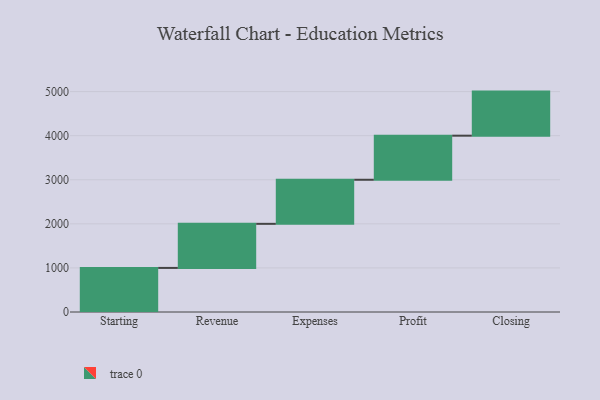
{"axis": {"x": "Step", "y": "Value"}, "legend": [""], "data": [{"x": "Starting", "y": 1000, "type": ""}, {"x": "Revenue", "y": 1000, "type": ""}, {"x": "Expenses", "y": 1000, "type": ""}, {"x": "Profit", "y": 1000, "type": ""}, {"x": "Closing", "y": 1000, "type": ""}]}